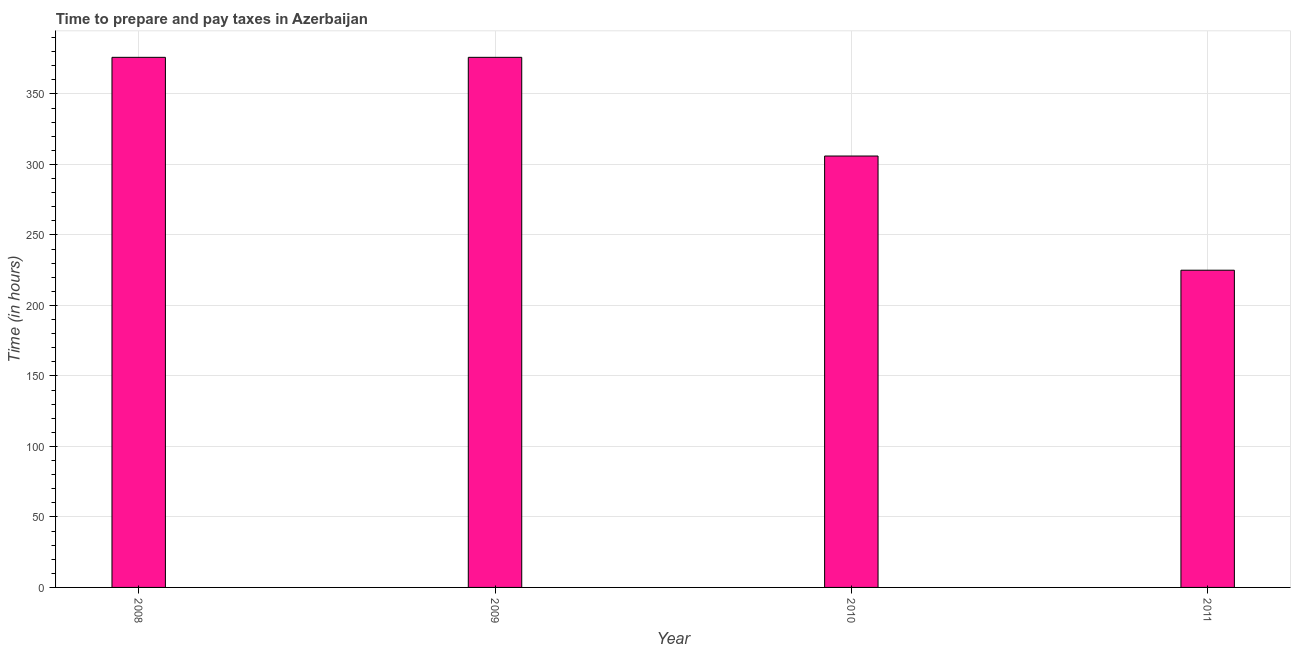
| Year | Time to prepare and pay taxes |
 | --- | --- |
 | 2008 | 376 |
 | 2009 | 376 |
 | 2010 | 306 |
 | 2011 | 225 |